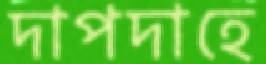
দাপদাহে